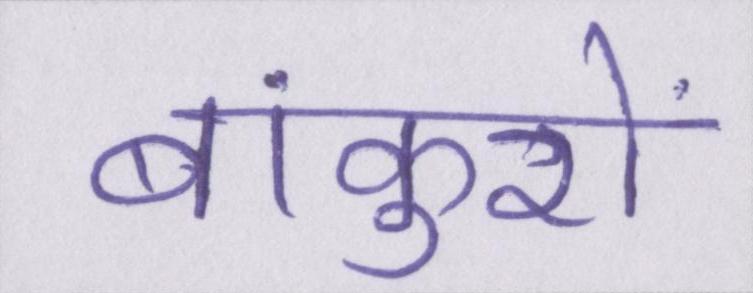
बांकुरों